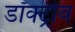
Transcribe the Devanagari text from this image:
डॉक्ट्रोव